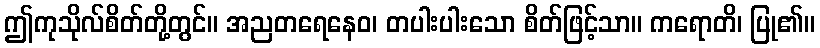
ဤကုသိုလ်စိတ်တို့တွင်။ အညတရေနေဝ၊ တပါးပါးသော စိတ်ဖြင့်သာ။ ကရောတိ၊ ပြု၏။